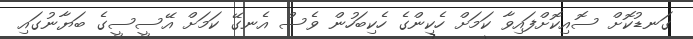
ގަނޑުކޮށް ސޮއިކޮށްފައިވާ ކަމަށް ހެކިންގެ ހެކިބަހުން ވެސް އެނގޭ ކަމަށް އޭސީސީގެ ބަޔާނުގައި